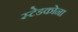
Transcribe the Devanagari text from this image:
स्टेडकोना